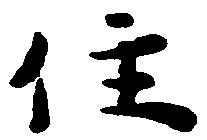
住